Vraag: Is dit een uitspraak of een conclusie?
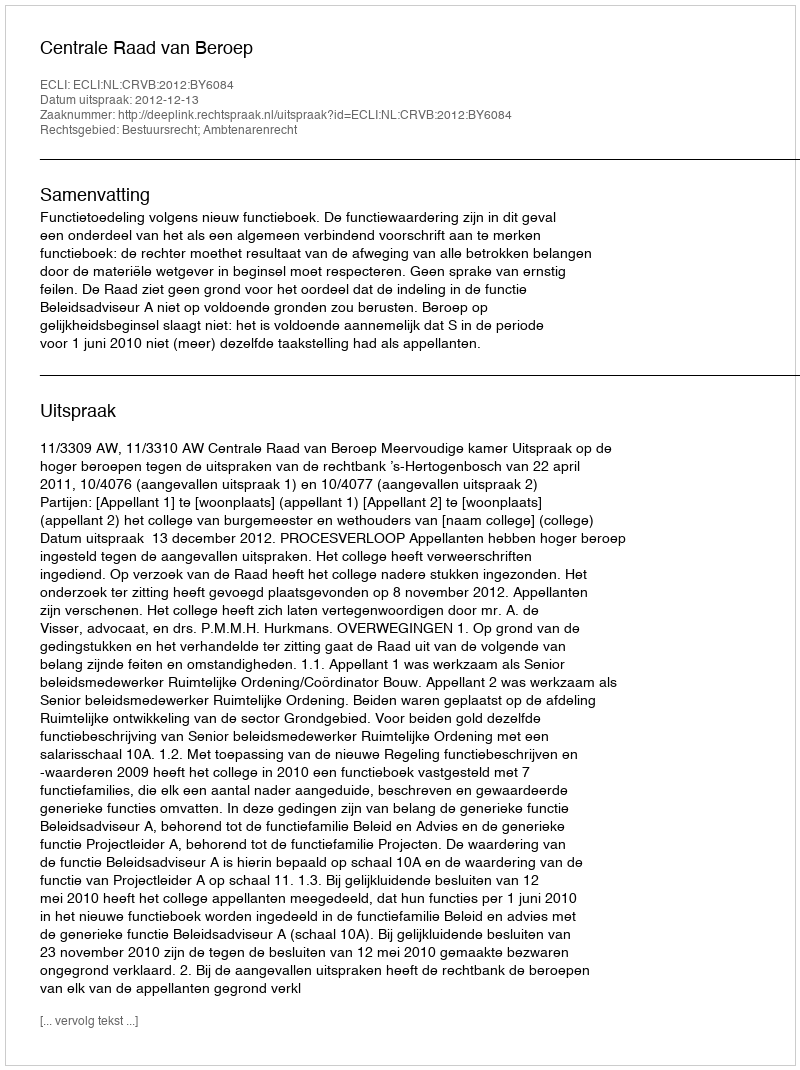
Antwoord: Uitspraak